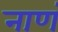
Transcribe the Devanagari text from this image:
नाणं